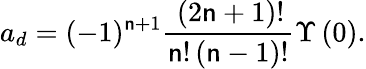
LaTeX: {a_{d}}=(-1)^{\mathsf{n}+1}\frac{{\, (2\mathsf{n}+1)!}}{{{\mathsf{n}}!\left(\mathsf{n}-1\right)!}}\Upsilon\left(0\right).